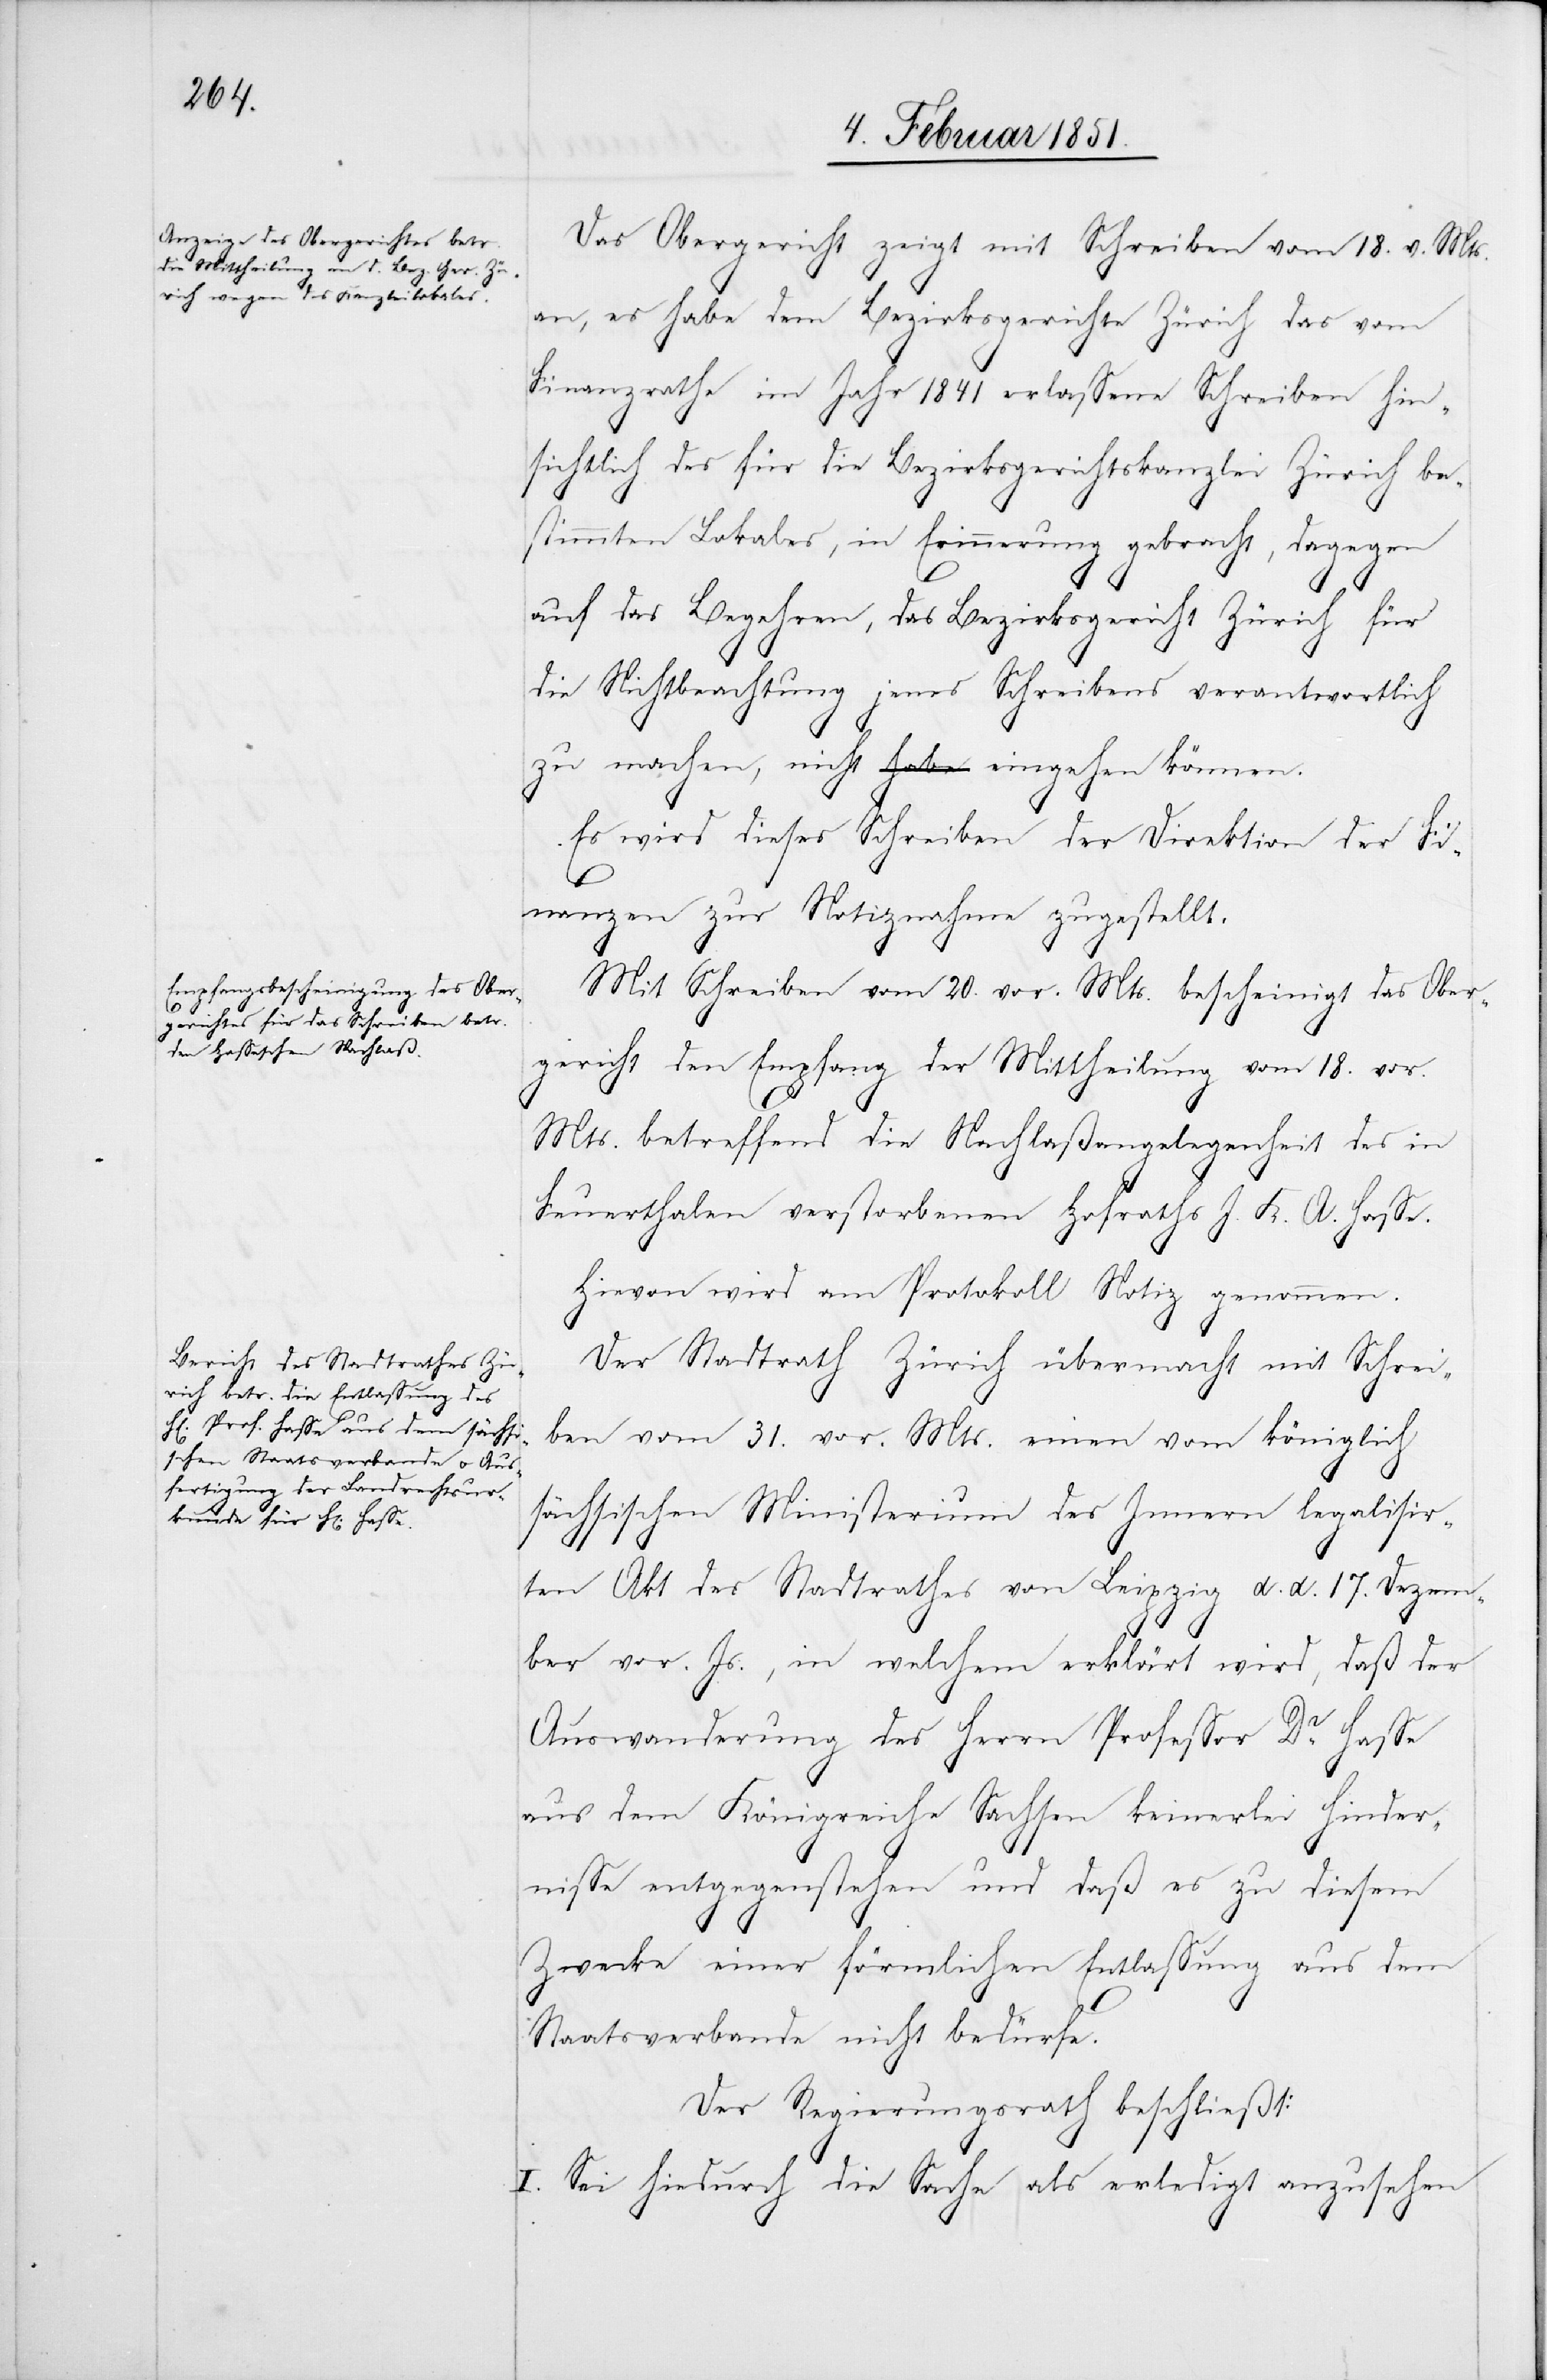
Das Obergericht zeigt mit Schreiben vom 18. v. Mts.
an, es habe dem Bezirksgerichte Zürich das vom
Finanzrathe im Jahr 1841 erlassene Schreiben hin¬
sichtlich des für die Bezirksgerichtskanzlei Zürich bes¬
timmten Lokales, in Erinnerung gebracht, dagegen
auf das Begehren, das Bezirksgericht Zürich für
die Nichtbeachtung jenes Schreibens verantwortlich
zu machen, nicht eingehen können.
Es wird dieses Schreiben der Direktion der Fi¬
nanzen zur Notiznahme zugestellt.
Mit Schreiben vom 20. vor. Mts. bescheinigt das Ober¬
gericht den Empfang der Mittheilung vom 18. vor.
Mts. betreffend die Nachlaßangelegenheit des in
Feuerthalen verstorbenen Hofraths J. K. A. Hasse.
Hievon wird am Protokoll Notiz genommen.
Der Stadtrath Zürich übermacht mit Schrei¬
ben vom 31. vor. Mts. einen vom königlich
sächsischen Ministerium des Innern legalisir¬
ten Akt des Stadtrathes von Leipzig d. d. 17. Dezem¬
ber vor. Js., in welchem erklärt wird, daß der
Auswanderung des Herrn Professor Dr. Hasse
aus dem Königreiche Sachsen keinerlei Hinder¬
nisse entgegenstehen und daß es zu diesem
Zwecke einer förmlichen Entlassung aus dem
Staatsverbande nicht bedürfe.
Der Regierungsrath beschließt:
I. Sei hiedurch die Sache als erledigt anzusehen